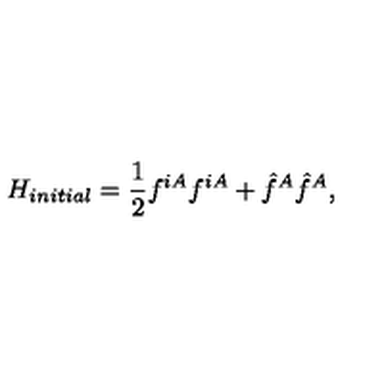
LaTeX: H _ { i n i t i a l } = \frac { 1 } { 2 } f ^ { i A } f ^ { i A } + \hat { f } ^ { A } \hat { f } ^ { A } ,